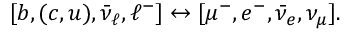
[ b , ( c , u ) , \bar { \nu } _ { \ell } , \ell ^ { - } ] \leftrightarrow [ \mu ^ { - } , e ^ { - } , \bar { \nu } _ { e } , \nu _ { \mu } ] .